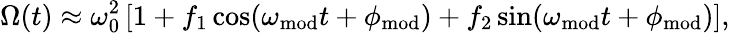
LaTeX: \Omega(t)\approx\omega_{0}^{2}\left[1+f_{1}\cos(\omega_{\mathrm{mod}}t+\phi_{\mathrm{mod}})+f_{2}\sin(\omega_{\mathrm{mod}}t+\phi_{\mathrm{mod}})\right],